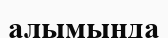
алымында